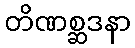
တိဏစ္ဆဒနာ